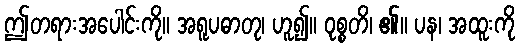
ဤတရားအပေါင်းကို။ အရူပဓာတု၊ ဟူ၍။ ဝုစ္စတိ၊ ၏။ ပန၊ အထူးကို